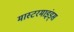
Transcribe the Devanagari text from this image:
मास्टरमाइंड्स